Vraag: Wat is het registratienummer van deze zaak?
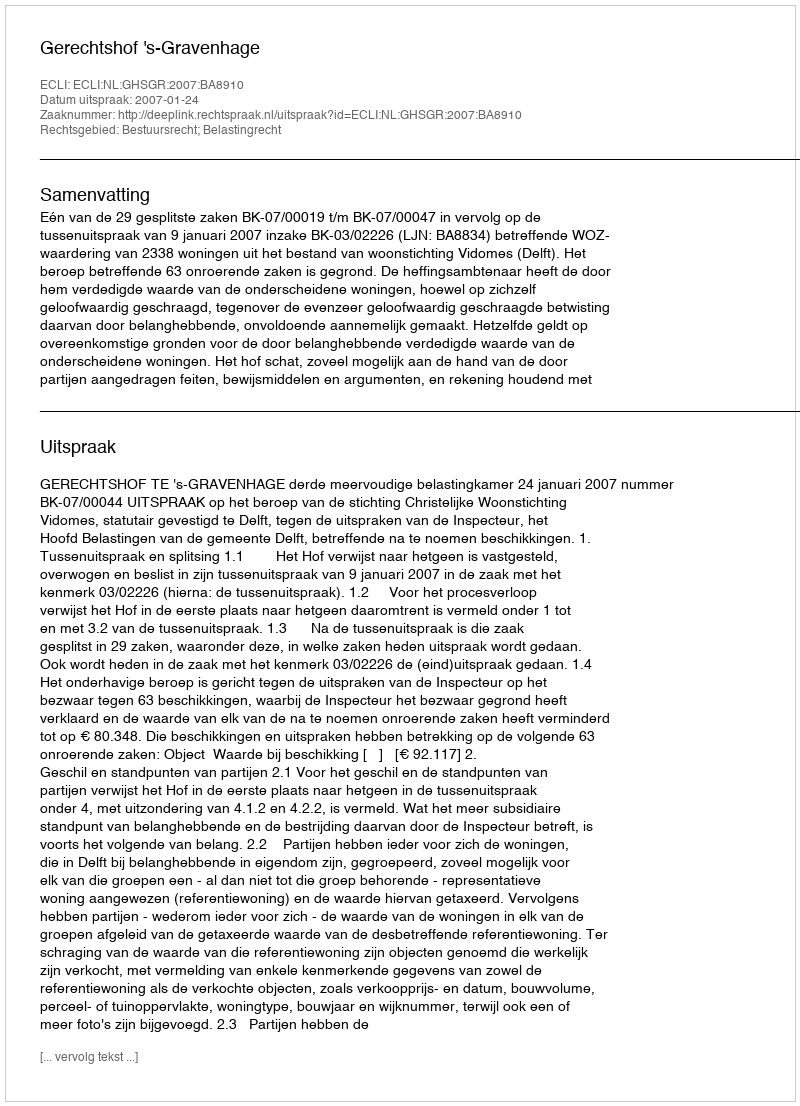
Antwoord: http://deeplink.rechtspraak.nl/uitspraak?id=ECLI:NL:GHSGR:2007:BA8910